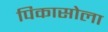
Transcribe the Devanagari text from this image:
पिकासोला